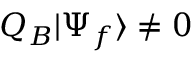
Q _ { B } | \Psi _ { f } \rangle \neq 0